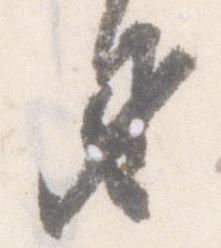
身